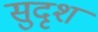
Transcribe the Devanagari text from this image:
सुदृश